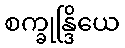
စက္ခုန္ဒြိယေ